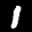
Label: 1